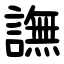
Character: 譕